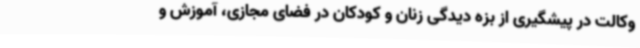
وکالت در پیشگیری از بزه دیدگی زنان و کودکان در فضای مجازی، آموزش و